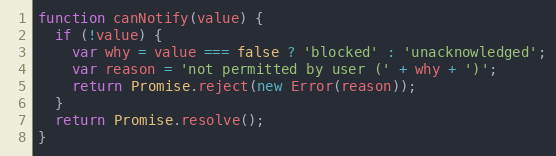
Language: JavaScript
function canNotify(value) {
  if (!value) {
    var why = value === false ? 'blocked' : 'unacknowledged';
    var reason = 'not permitted by user (' + why + ')';
    return Promise.reject(new Error(reason));
  }
  return Promise.resolve();
}